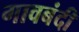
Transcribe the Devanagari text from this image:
गावबंदी